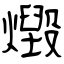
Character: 燬